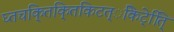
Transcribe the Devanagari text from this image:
घ्तचकि्तकि्तकिटत्ेकिटे्ति्ि